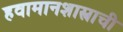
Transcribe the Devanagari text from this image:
हवामानशास्त्राची